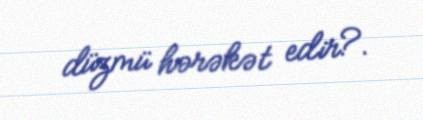
düzmü hərəkət edir?.